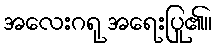
အလေးဂရု အရေးပြု၏။